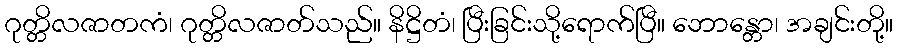
ဂုတ္တိလဇာတကံ၊ ဂုတ္တိလဇာတ်သည်။ နိဋ္ဌိတံ၊ ပြီးခြင်းသို့ရောက်ပြီ။ ဘောန္တော၊ အချင်းတို့။